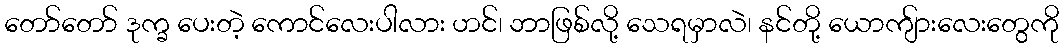
တော်တော် ဒုက္ခ ပေးတဲ့ ကောင်လေးပါလား ဟင်၊ ဘာဖြစ်လို့ သေရမှာလဲ၊ နင်တို့ ယောကျ်ားလေးတွေကို